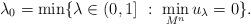
LaTeX: \begin{align*} \lambda_0 = \min \{ \lambda \in (0,1]\ :\ \min_{M^n} u_{\lambda} = 0 \}.\end{align*}